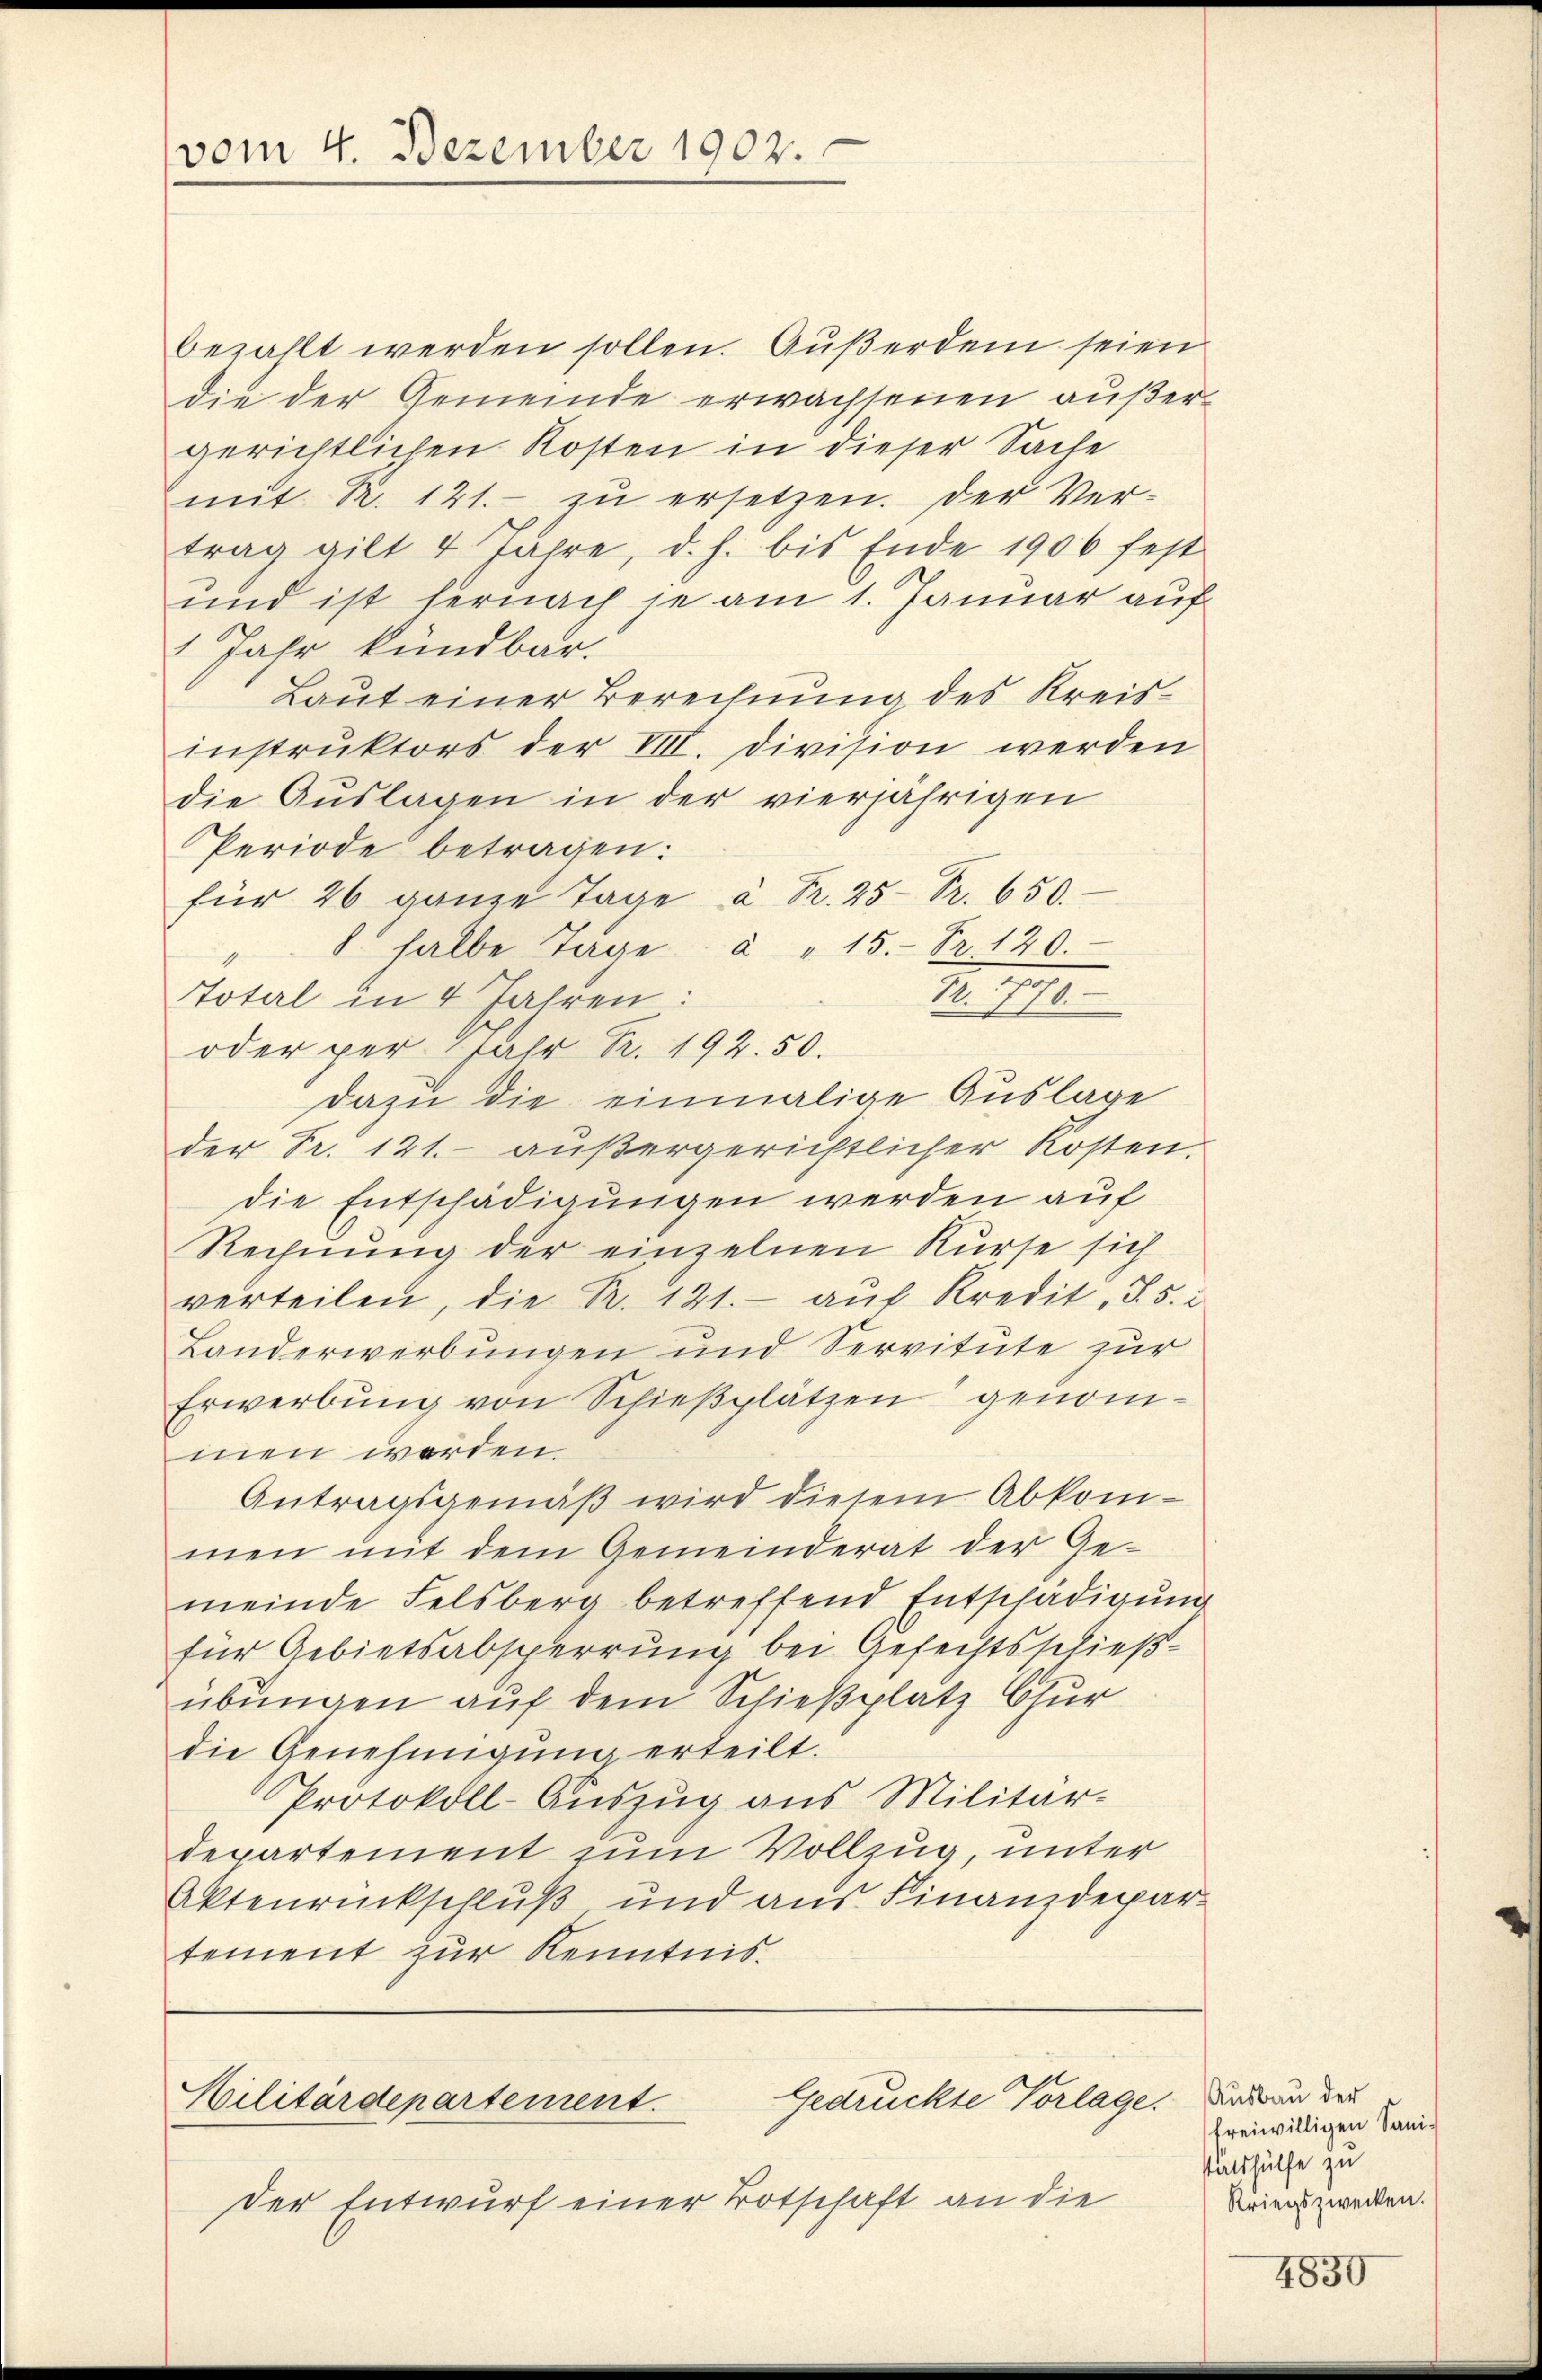
vom 4. Dezember 1902.

bezahlt werden sollen. Außerdem seien
die der Gemeinde erwachsenen außergerichtlichen Kosten in dieser Sache
mit R. 121.- zŭ ersetzen. Der Ver-
trag gilt 4 Jahre, d. h. bis Ende 1906 fest
und ist hernach je am 1. Januar auf
 Jahr kündbar.
Laut einer Berechnung des Kreisinstruktors der VIII. Division werden
die Auslagen in der vierjährigen
Periode betragen:
für 26 ganze Tage à Fr. 25 Fr. 650.
8 halbe Tage à " 15. Fr. 120.
Fr. 1770.
Total in 4 Jahren:
oder per Jahr Fr. 192.50.
dazu die einmalige Auslage
der Fr. 121. außergerichtlicher Kosten.
die Entschädigungen werden auf
Rechnung der einzelnen Kurse sich
verteilen, die Nr. 121.- aŭf Kredit, S. 5. i
Landerwerbungen und Servitute zur
Erwerbŭng von Schieβplätzen genommen werden
Antragsgemäβ wird diesem Abkom-
men mit dem Gemeinderat der Gemeinde Felsberg betreffend Entschädigŭng
für Gebietsabsperrung bei Gefechtsschießübungen auf dem Schießplatz Chur
die Genehmigung erteilt.
Protokoll-Auszug aus Militär-
departement zum Vollzug, unter
Aktenrückschluß und aus Finanzdepartement zur Kenntnis.

Gedrückte Vorlage. Daran der
Militärdepartement.

Der Entwurf einer Botschaft an die

freiwilligen Sanitatshülfe zu
Kriegszwecken.

4850